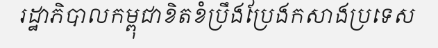
រដ្ឋាភិបាលកម្ពុជាខិតខំប្រឹងប្រែងកសាងប្រទេស